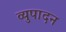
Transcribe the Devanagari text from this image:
व्युपादन